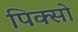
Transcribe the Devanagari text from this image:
पिक्सो